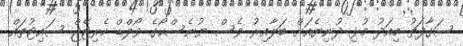
ސަގާފަތު މިއަދު މުޅި ދުނިޔެއަށް ބަލާއިރު ވެސް ޔުނެސްކޯގެ ވޯލްޑް ހެރިޓޭޖް ސައިޓުތައް